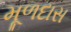
મૂળદાસ